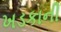
ખડકાની